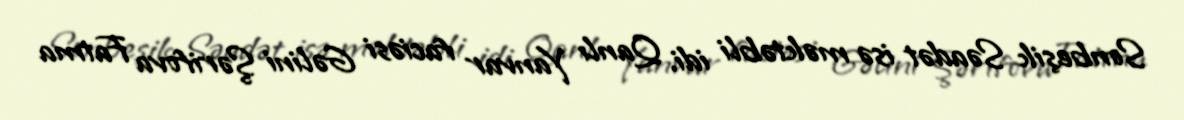
Sonbeşik Səadət isə məktəbli idi. Qanlı Yanvar faciəsi Gəlini Şərifova Fatma